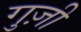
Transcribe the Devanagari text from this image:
गुज़ी